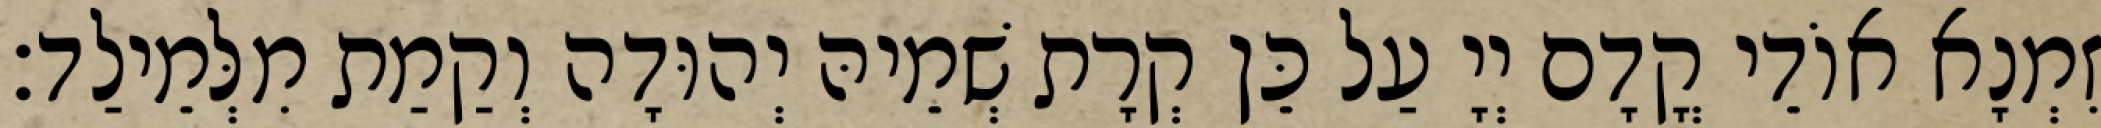
זִמְנָא אוֹדֵי קֳדָם יְיָ עַל כֵּן קְרָת שְׁמֵיהּ יְהוּדָה וְקַמַת מִלְּמֵילַד׃